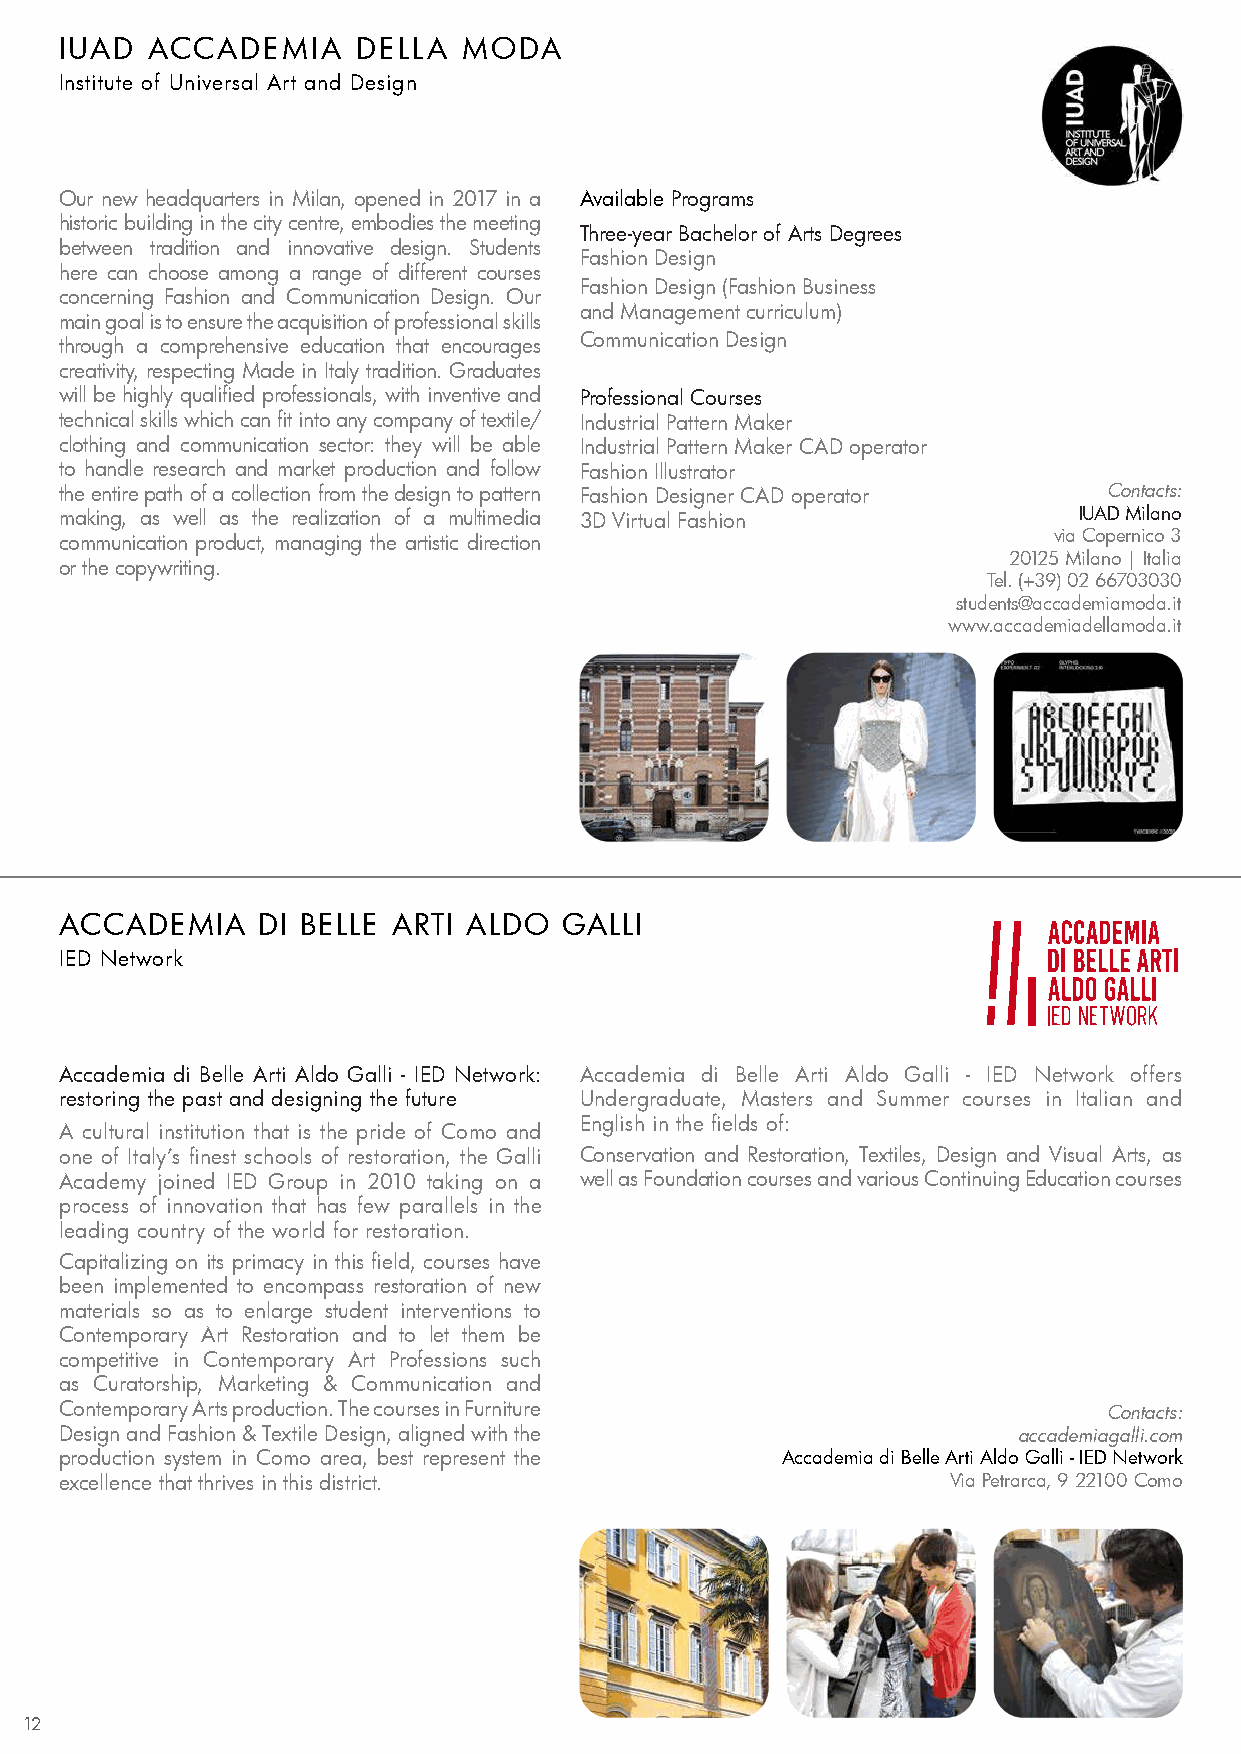
IUAD  ACCADEMIA     DELLA  MODA
 Institute of Universal Art and Design
 Our new headquarters in Milan, opened in 2017 in a Available Programs
 historic building in the city centre, embodies the meeting
 Three-year Bachelor of Arts Degrees
 between tradition and innovative design. Students
 Fashion Design
 here can choose among a range of different courses
 Fashion Design (Fashion Business
 concerning Fashion and Communication Design. Our
 and Management curriculum)
 main goal is to ensure the acquisition of professional skills
 through a comprehensive education that encourages Communication Design
 creativity, respecting Made in Italy tradition. Graduates
 will be highly qualified professionals, with inventive and Professional Courses
 technical skills which can fit into any company of textile/ Industrial Pattern Maker
 clothing and communication sector: they will be able Industrial Pattern Maker CAD operator
 to handle research and market production and follow Fashion Illustrator
 the entire path of a collection from the design to pattern Fashion Designer CAD operator Contacts:
 making, as well as the realization of a multimedia 3D Virtual Fashion IUAD Milano
 communication product, managing the artistic direction            via Copernico 3
 20125 Milano | Italia
 or the copywriting.
 Tel. (+39) 02 66703030
 students@accademiamoda.it
 www.accademiadellamoda.it
 ACCADEMIA    DI BELLE ARTI ALDO  GALLI
 IED Network
 Accademia di Belle Arti Aldo Galli - IED Network: Accademia di Belle Arti Aldo Galli - IED Network offers
 restoring the past and designing the future Undergraduate, Masters and Summer courses in Italian and
 English in the fields of:
 A cultural institution that is the pride of Como and
 one of Italy’s finest schools of restoration, the Galli Conservation and Restoration, Textiles, Design and Visual Arts, as
 Academy joined IED Group in 2010 taking on a well as Foundation courses and various Continuing Education courses
 process of innovation that has few parallels in the
 leading country of the world for restoration.
 Capitalizing on its primacy in this field, courses have
 been implemented to encompass restoration of new
 materials so as to enlarge student interventions to
 Contemporary Art Restoration and to let them be
 competitive in Contemporary Art Professions such
 as Curatorship, Marketing & Communication and
 Contemporary Arts production. The courses in Furniture               Contacts:
 Design and Fashion & Textile Design, aligned with the          accademiagalli.com
 production system in Como area, best represent the Accademia di Belle Arti Aldo Galli - IED Network
 excellence that thrives in this district.                  Via Petrarca, 9 22100 Como
 12